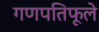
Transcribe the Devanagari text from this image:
गणपतिफूले